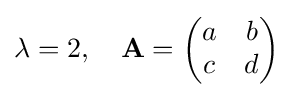
\lambda =2,\quad \mathbf {A} ={\begin{pmatrix}a&b\\c&d\\\end{pmatrix}}